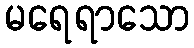
မရေရာသော